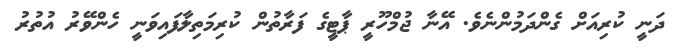
ދަނީ ކުރިއަށް ގެންދަމުންނެވެ. އޭނާ ޖުމްހޫރީ ޕާޓީގެ ފަރާތުން ކުރިމަތިލާފައިވަނީ ހެންވޭރު އުތުރު